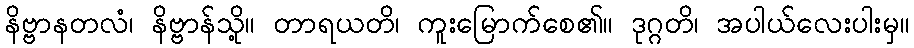
နိဗ္ဗာနတလံ၊ နိဗ္ဗာန်သို့။ တာရယတိ၊ ကူးမြောက်စေ၏။ ဒုဂ္ဂတိ၊ အပါယ်လေးပါးမှ။